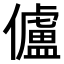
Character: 𠐳